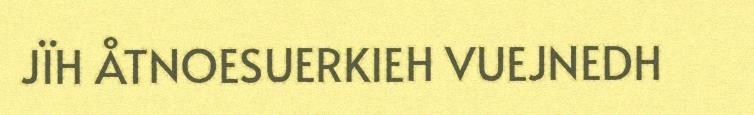
JÏH ÅTNOESUERKIEH VUEJNEDH